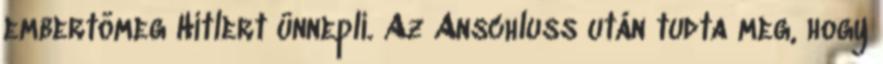
embertömeg Hitlert ünnepli. Az Anschluss után tudta meg, hogy